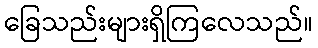
ခြေသည်းများရှိကြလေသည်။